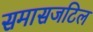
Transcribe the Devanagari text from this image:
समासजटिल